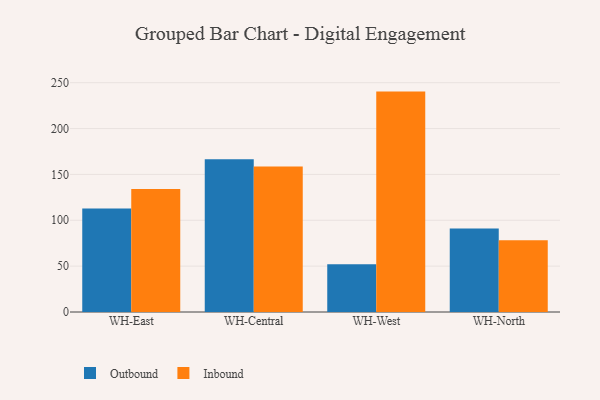
{"axis": {"x": "Warehouse", "y": "Gross Profit (USD K)"}, "legend": ["Inbound", "Outbound"], "data": [{"x": "WH-East", "y": 112.9, "type": "Outbound"}, {"x": "WH-East", "y": 134.1, "type": "Inbound"}, {"x": "WH-Central", "y": 166.5, "type": "Outbound"}, {"x": "WH-Central", "y": 158.6, "type": "Inbound"}, {"x": "WH-West", "y": 52.0, "type": "Outbound"}, {"x": "WH-West", "y": 240.3, "type": "Inbound"}, {"x": "WH-North", "y": 91.1, "type": "Outbound"}, {"x": "WH-North", "y": 78.3, "type": "Inbound"}]}